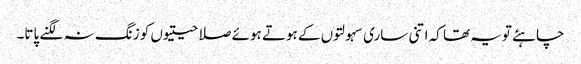
چاہئے تویہ تھا کہ اتنی ساری سہولتوں کے ہوتے ہوئے صلاحیتیوں کو زنگ نہ لگنے پاتا۔